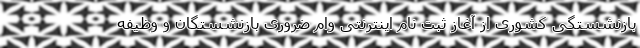
بازنشستگی کشوری از آغاز ثبت نام اینترنتی وام ضروری بازنشستگان و وظیفه